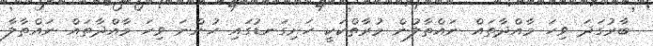
ބާރުގަދަ ވިހަ މާއްދާތައް ނައްތާލުން މުރާތްކަކީ ހަށިގަނޑުގައި ހުންނަ ވިހަ މާއްދާތައް ނައްތާލާ